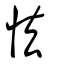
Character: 怯